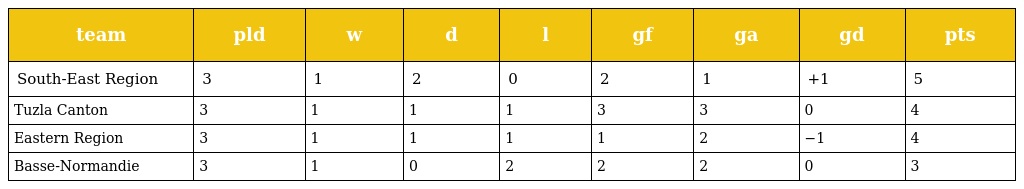
| team | pld | w | d | l | gf | ga | gd | pts |
 | --- | --- | --- | --- | --- | --- | --- | --- | --- |
 | South-East Region | 3 | 1 | 2 | 0 | 2 | 1 | +1 | 5 |
 | Tuzla Canton | 3 | 1 | 1 | 1 | 3 | 3 | 0 | 4 |
 | Eastern Region | 3 | 1 | 1 | 1 | 1 | 2 | −1 | 4 |
 | Basse-Normandie | 3 | 1 | 0 | 2 | 2 | 2 | 0 | 3 |